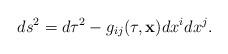
LaTeX: \begin{align*}ds^2=d\tau^2-g_{ij}(\tau,{\bf x})dx^idx^j .\end{align*}